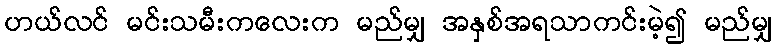
ဟယ်လင် မင်းသမီးကလေးက မည်မျှ အနှစ်အရသာကင်းမဲ့၍ မည်မျှ